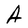
Character: A